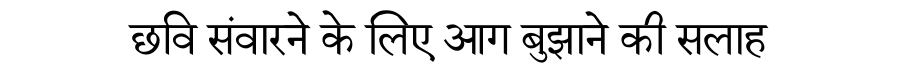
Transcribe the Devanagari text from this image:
छवि संवारने के लिए आग बुझाने की सलाह